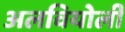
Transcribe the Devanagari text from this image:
अलवियोली